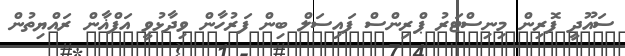
ސައޫދީ ފޮރިން މިނިސްޓަރު ޕްރިންސް ފައިސަލް ބިން ފަރުހާން ވިދާޅުވީ އަފްޣާން ރައްޔިތުން